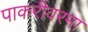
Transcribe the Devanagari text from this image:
पाकरीवरमा